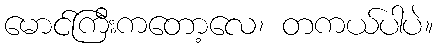
မောင်ကြီးကတော့လေ၊ တကယ်ပါပဲ။